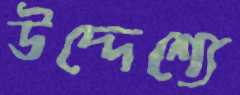
উদ্দেশ্যে